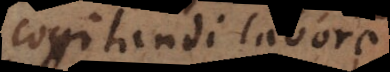
cogitandi laborem